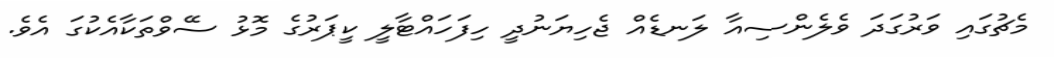
މެޗުގައި ވަރުގަދަ ވެލެންސިއާ ލަނޑެއް ޖެހިޔަނުދީ ހިފަހައްޓާލީ ކީޕަރުގެ މޮޅު ސޭވްތަކާއެކުގަ އެވެ.